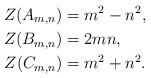
LaTeX: \begin{align*} Z(A_{m,n})&=m^2-n^2,\\ Z(B_{m,n})&=2mn,\\ Z(C_{m,n})&=m^2+n^2. \end{align*}